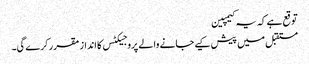
توقع ہے کہ یہ کیمپین
مستقبل میں پیش کیے جانے والے پروجیکٹس کا انداز مقرر کرے گی۔